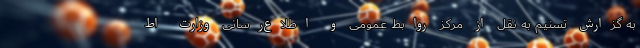
به گزارش تسنیم به نقل از ‌مرکز روابط عمومی و اطلاع‌رسانی وزارت اط